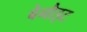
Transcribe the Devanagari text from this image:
बेनौइट